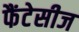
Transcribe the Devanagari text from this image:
फैंटेसीज